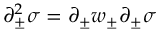
\partial _ { \pm } ^ { 2 } \sigma = \partial _ { \pm } w _ { \pm } \partial _ { \pm } \sigma